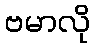
ဗမာလို